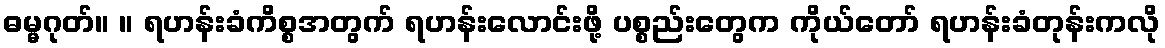
ဓမ္မဂုတ်။ ။ ရဟန်းခံကိစ္စအတွက် ရဟန်းလောင်းဖို့ ပစ္စည်းတွေက ကိုယ်တော် ရဟန်းခံတုန်းကလို